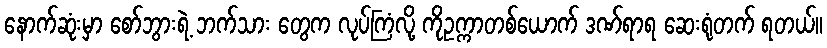
နောက်ဆုံးမှာ စော်ဘွားရဲ့ ဘက်သား တွေက လုပ်ကြံလို့ ကိုဥက္ကာတစ်ယောက် ဒဏ်ရာရ ဆေးရုံတက် ရတယ်။